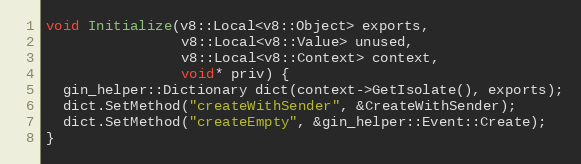
Language: C++
void Initialize(v8::Local<v8::Object> exports,
                v8::Local<v8::Value> unused,
                v8::Local<v8::Context> context,
                void* priv) {
  gin_helper::Dictionary dict(context->GetIsolate(), exports);
  dict.SetMethod("createWithSender", &CreateWithSender);
  dict.SetMethod("createEmpty", &gin_helper::Event::Create);
}